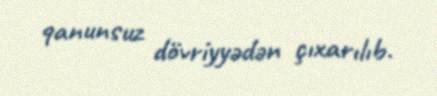
qanunsuz dövriyyədən çıxarılıb.